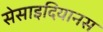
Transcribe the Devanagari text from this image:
सेसाइदियानस